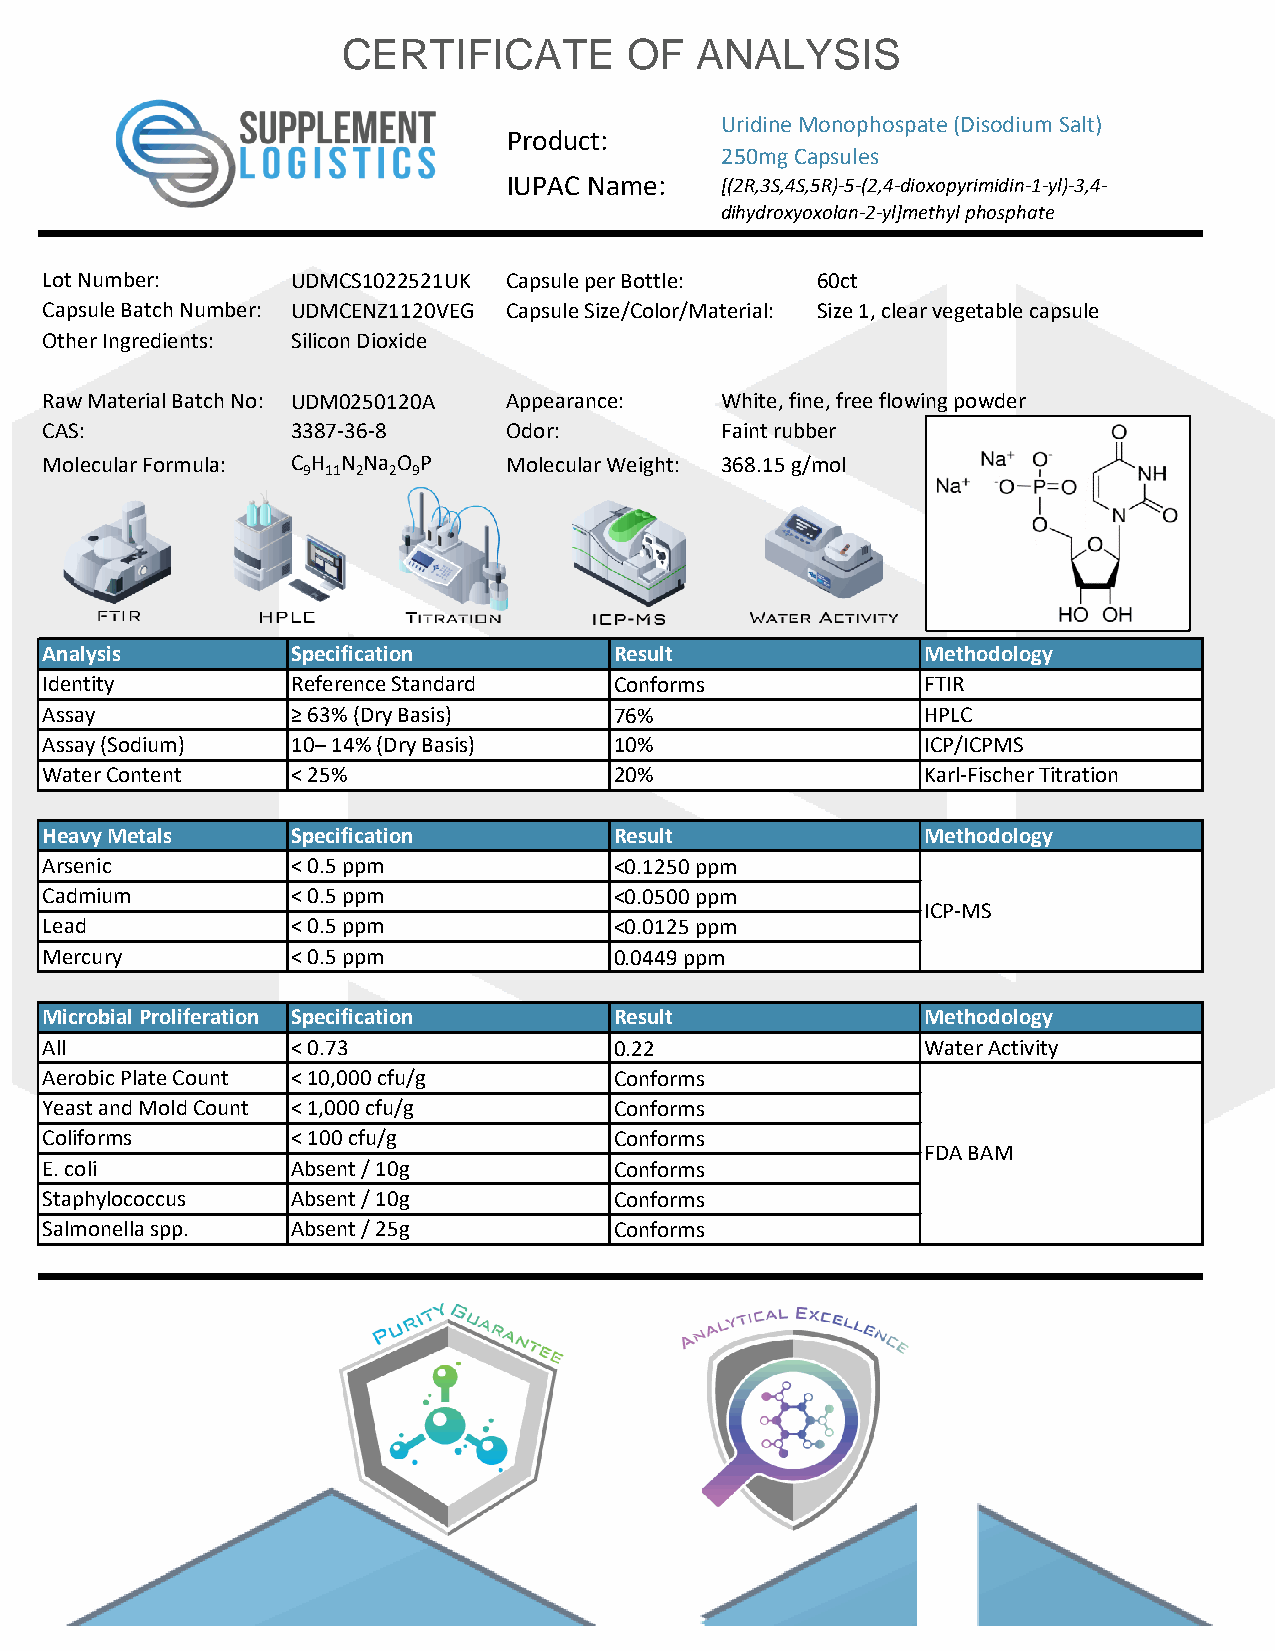
CERTIFICATE        OF  ANALYSIS
 Uridine Monophospate (Disodium Salt)
 Product:
 250mg Capsules
 IUPAC Name:   [(2R,3S,4S,5R)-5-(2,4-dioxopyrimidin-1-yl)-3,4-
 dihydroxyoxolan-2-yl]methyl phosphate
 Lot Number:     UDMCS1022521UK Capsule per Bottle: 60ct
 Capsule Batch Number: UDMCENZ1120VEG Capsule Size/Color/Material: Size 1, clear vegetable capsule
 Other Ingredients: Silicon Dioxide
 Raw Material Batch No: UDM0250120A Appearance: White, fine, free flowing powder
 CAS:            3387-36-8      Odor:         Faint rubber
 Molecular Formula: C H N Na O P Molecular Weight: 368.15 g/mol
 9 11 2 2 9
 Analysis        Specification         Result              Methodology
 Identity        Reference Standard    Conforms            FTIR
 Assay           ≥ 63% (Dry Basis)     76%                 HPLC
 Assay (Sodium)  10– 14% (Dry Basis)   10%                 ICP/ICPMS
 Water Content   < 25%                 20%                 Karl-Fischer Titration
 Heavy Metals    Specification         Result              Methodology
 Arsenic         < 0.5 ppm             <0.1250 ppm
 Cadmium         < 0.5 ppm             <0.0500 ppm
 ICP-MS
 Lead            < 0.5 ppm             <0.0125 ppm
 Mercury         < 0.5 ppm             0.0449 ppm
 Microbial Proliferation Specification Result              Methodology
 All             < 0.73                0.22                Water Activity
 Aerobic Plate Count < 10,000 cfu/g    Conforms
 Yeast and Mold Count < 1,000 cfu/g    Conforms
 Coliforms       < 100 cfu/g           Conforms
 FDA BAM
 E. coli         Absent / 10g          Conforms
 Staphylococcus  Absent / 10g          Conforms
 Salmonella spp. Absent / 25g          Conforms